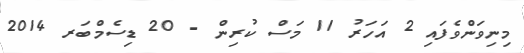
މިނިވަންވެފައި 2 އަހަރު 11 މަސް ކުރިން - 20 ޑިސެމްބަރ 2014